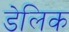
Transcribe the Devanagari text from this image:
डेलिक